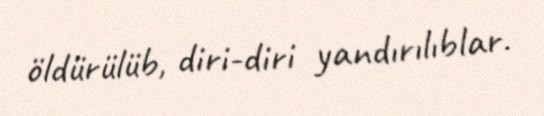
öldürülüb, diri-diri yandırılıblar.